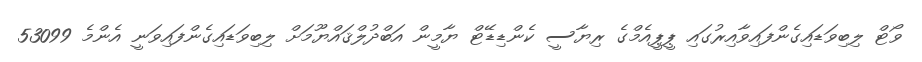
ވޯޓް ލިބިވަޑައިގެންފައިވާއިރުގައި ޕީޕީއެމްގެ ރިޔާސީ ކެންޑިޑޭޓް ޔާމީން އަބްދުލްޤައްޔޫމަށް ލިބިވަޑައިގެންފައިވަނީ އެންމެ 53099